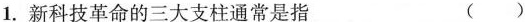
1.新科技革命的三大支柱通常是指 ( )